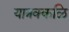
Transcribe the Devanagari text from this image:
यात्रक्कळि